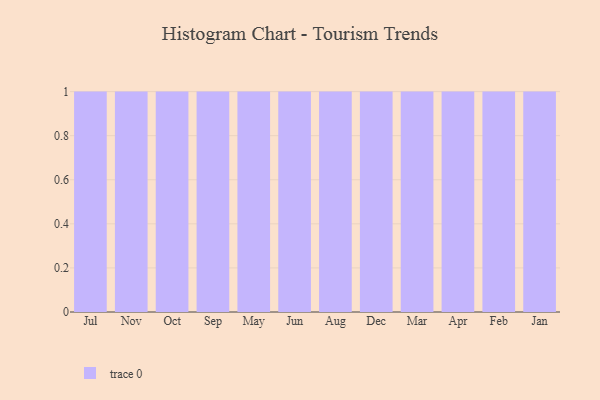
{"axis": {"x": "Month", "y": "Latency (ms)"}, "legend": [""], "data": [{"x": "Jul", "y": 51, "type": ""}, {"x": "Nov", "y": 43, "type": ""}, {"x": "Oct", "y": 33, "type": ""}, {"x": "Sep", "y": 85, "type": ""}, {"x": "May", "y": 18, "type": ""}, {"x": "Jun", "y": 80, "type": ""}, {"x": "Aug", "y": 88, "type": ""}, {"x": "Dec", "y": 41, "type": ""}, {"x": "Mar", "y": 84, "type": ""}, {"x": "Apr", "y": 65, "type": ""}, {"x": "Feb", "y": 29, "type": ""}, {"x": "Jan", "y": 47, "type": ""}]}